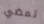
تمضي